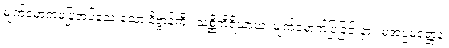
မျက်မှောကမပြုအပ်သေးသော နိဗ္ဗာန်ကို။ သစ္ဆိကိရိယာယ၊ မျက်မှောက်ပြုခြင်းငှာ။ မအပ္ပမတ္တေန၊